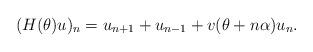
LaTeX: \begin{align*}(H(\theta)u)_n=u_{n+1}+u_{n-1}+v(\theta+n\alpha)u_n.\end{align*}